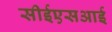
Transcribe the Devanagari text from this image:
सीईएसआई